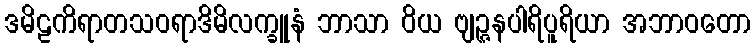
ဒမိဠကိရာတသဝရာဒိမိလက္ခူနံ ဘာသာ ဝိယ ဗျဉ္ဇနပါရိပူရိယာ အဘာဝတော